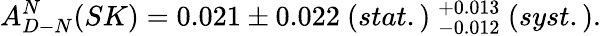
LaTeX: A_{D-N}^{N}(SK)=0.021\pm 0.022~(stat.)~_{-0.012}^{+0.013}~(syst.).